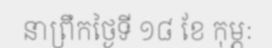
នាព្រឹកថ្ងៃទី ១៨ ខែ កុម្ភៈ